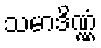
သမာဒိဏ္ဏံ